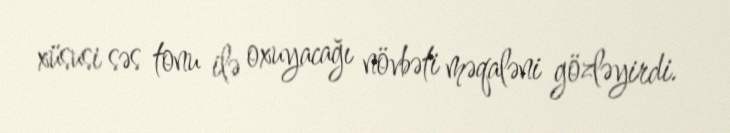
xüsusi səs tonu ilə oxuyacağı növbəti məqaləni gözləyirdi.